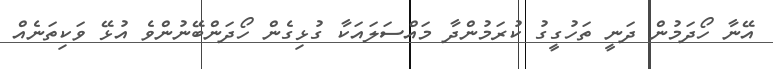
އޭނާ ހޯދަމުން ދަނީ ތަހުގީގު ކުރަމުންދާ މައްސަލައަކާ ގުޅިގެން ހޯދަންބޭނުންވެ އުޅޭ ވަކިތަނެއް